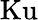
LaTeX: \mathrm{Ku}